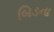
બિડના